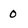
Character: 0